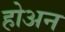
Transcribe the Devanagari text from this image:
होअन